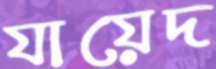
যায়েদ